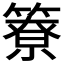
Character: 簝